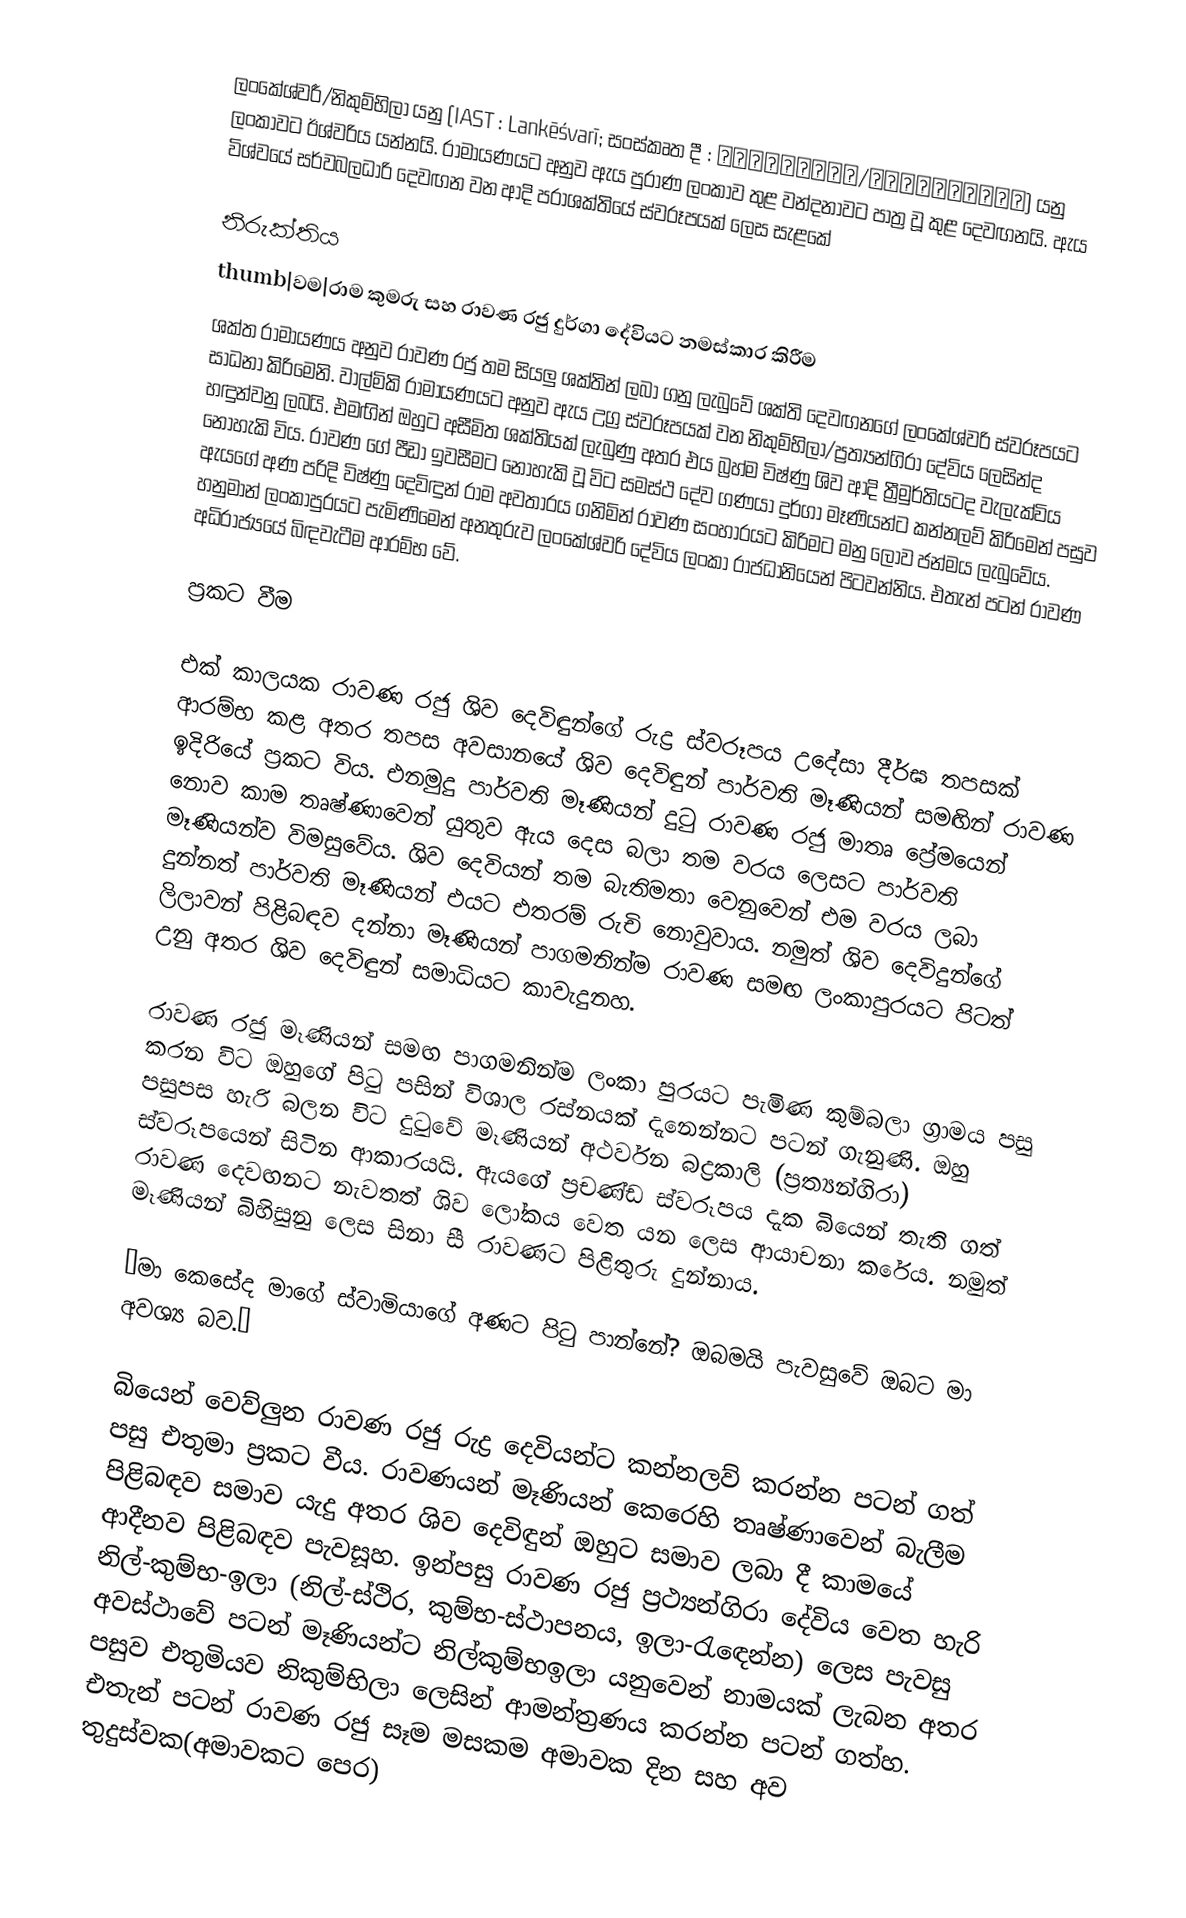
ලංකේශ්වරී/නිකුම්භිලා යනු (IAST : Lankēśvarī; සංස්කෘත දී : लंकेश्वरी/निकुम्भिला) යනු ලංකාවට ඊශ්වරිය යන්නයි. රාමායණයට අනුව ඇය පුරාණ ලංකාව තුළ වන්දනාවට පාත්‍ර වූ කුළ දෙවඟනයි. ඇය විශ්වයේ සර්වබලධාරි දෙවඟන වන ආදි පරාශක්තියේ ස්වරූපයක් ලෙස සැළකේ

නිරුක්තිය
thumb|වම|රාම කුමරු සහ රාවණ රජු දුර්ගා දේවියට නමස්කාර කිරීම
ශක්‍ත රාමායණය අනුව රාවණ රජු තම සියලු ශක්තින් ලබා ගනු ලැබුවේ ශක්ති දෙවඟනගේ ලංකේශ්වරි ස්වරූපයට සාධනා කිරිමෙනි. වාල්මිකි රාමායණයට අනුව ඇය උග්‍ර ස්වරූපයක් වන නිකුම්භිලා/ප්‍රත්‍යන්ගිරා දේවිය ලෙසින්ද හඳුන්වනු ලබයි. එමඟින් ඔහුට අසීමිත ශක්තියක් ලැබුණු අතර එය බ්‍රහ්ම විෂ්ණු ශිව ආදි ත්‍රීමුර්තියටද  වැලැක්විය නොහැකි විය. රාවණ ගේ පීඩා ඉවසීමට නොහැකි වූ විට සමස්ථ දේව ගණයා දුර්ගා මෑණියන්ට කන්නලව් කිරිමෙන් පසුව ඇයගේ අණ පරිදි විෂ්ණු දෙවිඳුන් රාම අවතාරය ගනිමින් රාවණ සංහාරයට කිරිමට මනු ලොව ජන්මය ලැබුවේය. හනුමාන් ලංකාපුරයට පැමිණිමෙන් අනතුරුව ලංකේශ්වරි දේවිය ලංකා රාජධානියෙන් පිටවන්නිය. එතැන් පටන් රාවණ අධිරාජ්‍යයේ බිඳවැටීම ආරම්භ වේ.

ප්‍රකට වීම

එක් කාලයක රාවණ රජු ශිව දෙවිඳුන්ගේ රුද්‍ර ස්වරූපය උදේසා දීර්ඝ තපසක් ආරම්භ කළ අතර තපස අවසානයේ ශිව දෙවිඳුන් පාර්වති මෑණියන් සමඟින් රාවණ ඉදිරියේ ප්‍රකට විය. එනමුදු පාර්වති මෑණියන් දුටු රාවණ රජු මාතෘ ප්‍රේමයෙන් නොව කාම තෘෂ්ණාවෙන් යුතුව ඇය දෙස බලා තම වරය ලෙසට පාර්වති මෑණියන්ව විමසුවේය. ශිව දෙවියන් තම බැතිමතා වෙනුවෙන් එම වරය ලබා දුන්නත් පාර්වති මෑණියන් එයට එතරම් රුචි නොවුවාය. නමුත් ශිව දෙවිදුන්ගේ ලිලාවන් පිළිබඳව දන්නා මෑණියන් පාගමනින්ම රාවණ සමඟ ලංකාපුරයට පිටත් උනු අතර ශිව දෙවිඳුන් සමාධියට කාවැදුනහ.

රාවණ රජු මෑණියන් සමඟ පාගමනින්ම ලංකා පුරයට පැමිණ කුම්බලා ග්‍රාමය පසු කරන විට ඔහුගේ පිටු පසින් විශාල රස්නයක් දැනෙන්නට පටන් ගැනුණි. ඔහු පසුපස හැරි  බලන විට දුටුවේ මෑණියන් අථර්වන බද්‍රකාලි (ප්‍රත්‍යන්ගිරා) ස්වරූපයෙන් සිටින ආකාරයයි. ඇයගේ ප්‍රචණ්ඩ ස්වරූපය දැක බියෙන් තැති ගත් රාවණ දෙවඟනට නැවතත් ශිව ලෝකය වෙත යන ලෙස ආයාචනා කරේය. නමුත් මෑණියන් බිහිසුනු ලෙස සිනා සී රාවණට පිළිතුරු දුන්නාය.

“මා කෙසේද මාගේ ස්වාමියාගේ අණට පිටු පාන්නේ? ඔබමයි පැවසුවේ ඔබට මා අවශ්‍ය බව.”

බියෙන් වෙව්ලුන රාවණ රජු රුද්‍ර දෙවියන්ට කන්නලව් කරන්න පටන් ගත් පසු එතුමා ප්‍රකට වීය. රාවණයන් මෑණියන් කෙරෙහි තෘෂ්ණාවෙන් බැලීම පිළිබඳව සමාව යැදු අතර ශිව දෙවිඳුන් ඔහුට සමාව ලබා දී කාමයේ ආදීනව පිළිබඳව පැවසූහ. ඉන්පසු රාවණ රජු ප්‍රථ්‍යන්ගිරා දේවිය වෙත හැරි නිල්-කුම්භ-ඉලා (නිල්-ස්ථිර, කුම්භ-ස්ථාපනය, ඉලා-රැඳෙන්න) ලෙස පැවසු අවස්ථාවේ පටන් මෑණියන්ට නිල්කුම්භඉලා යනුවෙන් නාමයක් ලැබන අතර පසුව එතුමියව නිකුම්භිලා ලෙසින් ආමන්ත්‍රණය කරන්න පටන් ගත්හ. එතැන් පටන් රාවණ රජු සෑම මසකම අමාවක දින සහ අව තුදුස්වක(අමාවකට පෙර)